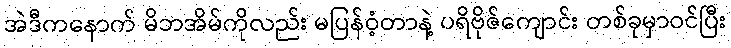
အဲဒီကနောက် မိဘအိမ်ကိုလည်း မပြန်ဝံ့တာနဲ့ ပရိဗိုဇ်ကျောင်း တစ်ခုမှာဝင်ပြီး